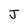
Character: J